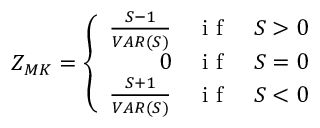
Z _ { M K } = \left\{ \begin{array} { r l l } { \frac { S - 1 } { V A R ( S ) } } & { \mathrm { ~ i ~ f ~ } } & { S > 0 } \\ { 0 } & { \mathrm { ~ i ~ f ~ } } & { S = 0 } \\ { \frac { S + 1 } { V A R ( S ) } } & { \mathrm { ~ i ~ f ~ } } & { S < 0 } \end{array} \right.